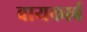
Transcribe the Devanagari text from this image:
बायकार्ब